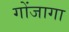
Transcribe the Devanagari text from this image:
गोंजागा